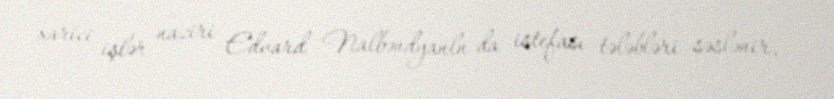
xarici işlər naziri Edvard Nalbəndyanln da istefası tələbləri səslənir,